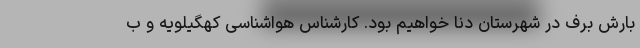
بارش برف در شهرستان دنا خواهیم بود. کارشناس هواشناسی کهگیلویه و ب